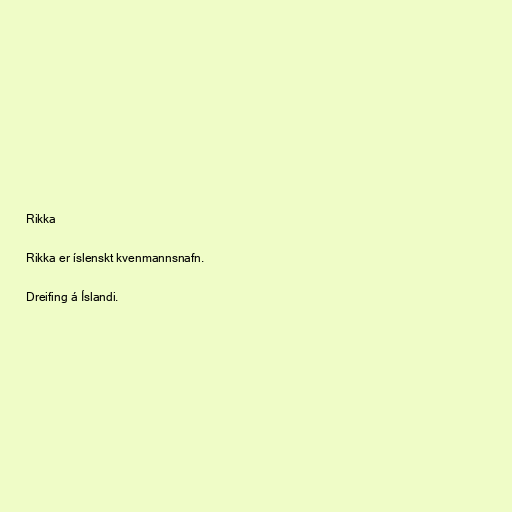
Rikka

Rikka er íslenskt kvenmannsnafn.

Dreifing á Íslandi.